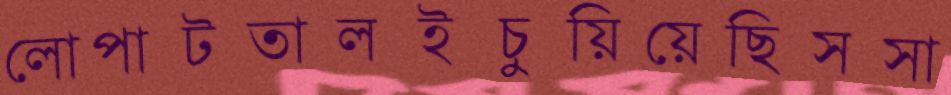
লোপাটতালইচুয়িয়েছিসসা